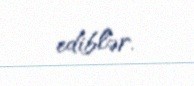
ediblər.